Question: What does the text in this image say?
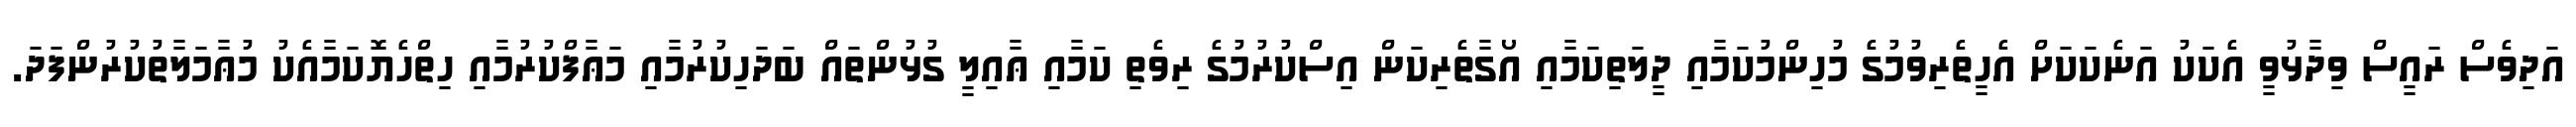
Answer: އަދިވެސް ރައީސް ވިދާޅުވީ އެކަކު އަނެކަކަށް އެހީތެރިވުމުގެ މުހިންމުކަމާއި ދީލަތިކަމާއި އޯގާތެރިކަން އިސްކުރުމުގެ ރިވެތި ކަމާއި ޢާއިލީ ގުޅުންތައް ބަދަހިކުރުމާއި މަޢާފްކުރުމާއި ހިތްހެޔޮކަމާއެކު މުޢާމަލާތުކުރުންފަދަ.